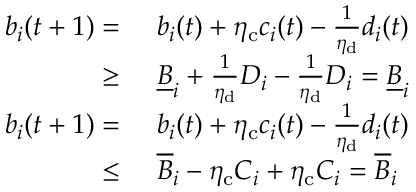
\begin{array} { r l } { b _ { i } ( t + 1 ) = ~ } & { b _ { i } ( t ) + \eta _ { \mathrm { c } } c _ { i } ( t ) - \frac { 1 } { \eta _ { \mathrm { d } } } d _ { i } ( t ) } \\ { \ge ~ } & { \underline { { B } } _ { i } + \frac { 1 } { \eta _ { \mathrm { d } } } D _ { i } - \frac { 1 } { \eta _ { \mathrm { d } } } D _ { i } = \underline { { B } } _ { i } } \\ { b _ { i } ( t + 1 ) = ~ } & { b _ { i } ( t ) + \eta _ { \mathrm { c } } c _ { i } ( t ) - \frac { 1 } { \eta _ { \mathrm { d } } } d _ { i } ( t ) } \\ { \le ~ } & { \overline { { B } } _ { i } - \eta _ { \mathrm { c } } C _ { i } + \eta _ { \mathrm { c } } C _ { i } = \overline { { B } } _ { i } } \end{array}